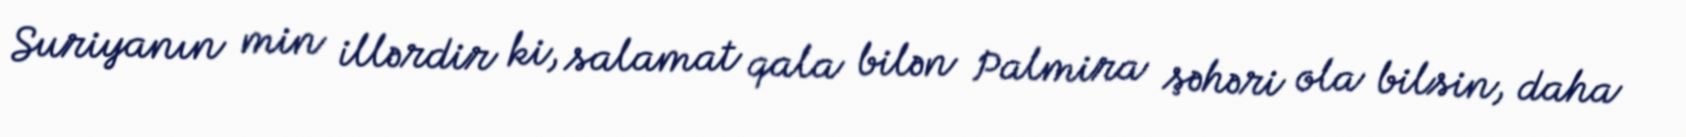
Suriyanın min illərdir ki, salamat qala bilən Palmira şəhəri ola bilsin, daha